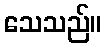
သေသည်။